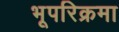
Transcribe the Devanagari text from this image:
भूपरिक्रमा